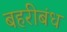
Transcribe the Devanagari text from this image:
बहरीबंध